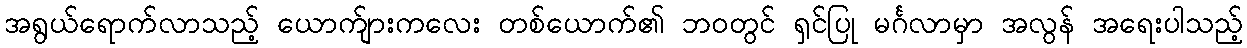
အရွယ်ရောက်လာသည့် ယောက်ျားကလေး တစ်ယောက်၏ ဘဝတွင် ရှင်ပြု မင်္ဂလာမှာ အလွန် အရေးပါသည့်